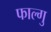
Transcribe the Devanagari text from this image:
फाल्गु